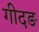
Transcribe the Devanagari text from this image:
गीदङ